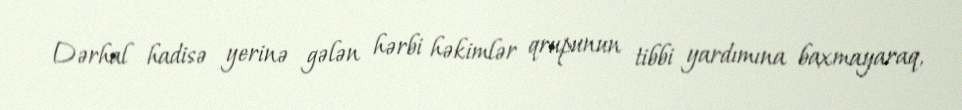
Dərhal hadisə yerinə gələn hərbi həkimlər qrupunun tibbi yardımına baxmayaraq,